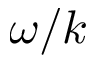
\omega / k